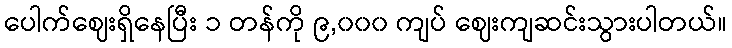
ပေါက်ဈေးရှိနေပြီး ၁ တန်ကို ၉,၀၀၀ ကျပ် ဈေးကျဆင်းသွားပါတယ်။